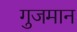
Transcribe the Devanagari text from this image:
गुजमान